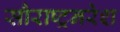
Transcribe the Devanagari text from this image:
सौराष्ट्रनरेश